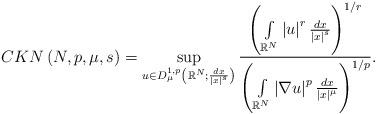
LaTeX: \begin{align*}CKN\left( N,p,\mu,s\right) =\sup_{u\in D_{\mu}^{1,p}\left(\mathbb{R}^{N};\frac{dx}{\left\vert x\right\vert ^{s}}\right) }\frac{\left(\int\limits_{\mathbb{R}^{N}}\left\vert u\right\vert ^{r}\frac{dx}{\left\vert x\right\vert ^{s}}\right) ^{1/r}}{\left( \int\limits_{\mathbb{R}^{N}}\left\vert \nabla u\right\vert ^{p}\frac{dx}{\left\vert x\right\vert^{\mu}}\right) ^{1/p}}.\end{align*}